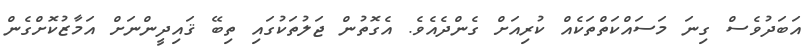
އަބަދުވެސް ގިނަ މަސައްކަތްތަކެއް ކުރިއަށް ގެންދެއެވެ. އެގޮތުން ޖަލުތަކުގައި ތިބޭ ޤައިދީންނަށް އަމާޒުކޮށްގެން